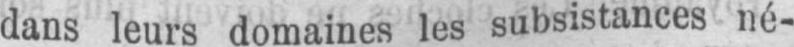
dans leurs domaines les subsistances né-